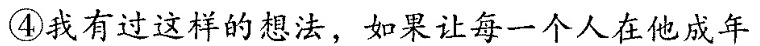
④我有过这样的想法，如果让每一个人在他成年